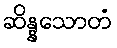
ဆိန္နသောတံ